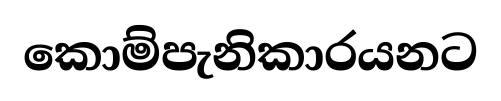
කොම්පැනිකාරයනට